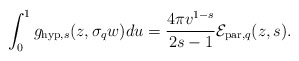
\begin{align*}\int_{0}^{1}g_{\mathrm{hyp},s}(z,\sigma_{q}w)du=\frac{4\pi v^{1-s}}{2s-1}\mathcal{E}_{\mathrm{par},q}(z,s).\end{align*}